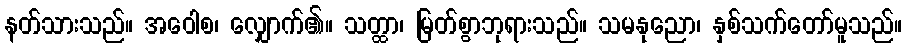
နတ်သားသည်။ အဝေါစ၊ လျှောက်၏။ သတ္ထာ၊ မြတ်စွာဘုရားသည်။ သမနုညော၊ နှစ်သက်တော်မူသည်။